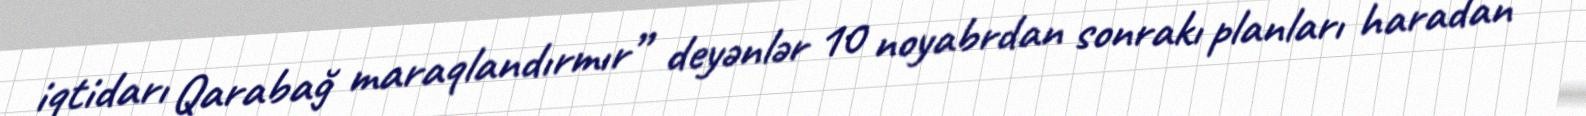
iqtidarı Qarabağ maraqlandırmır” deyənlər 10 noyabrdan sonrakı planları haradan